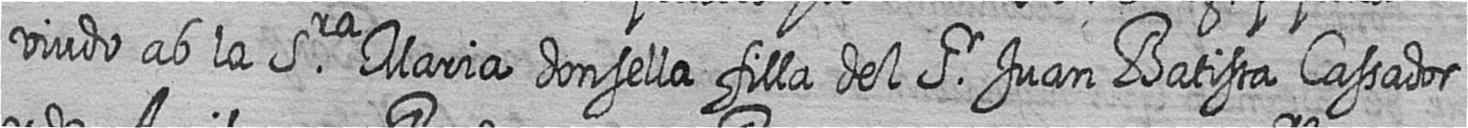
viudo ab la Sra Maria donsella filla del Sr Juan Batista Cassador